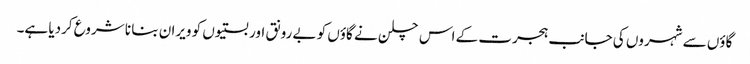
گاؤں سے شہروں کی جانب ہجرت کے اس چلن نے گاؤں کو بے رونق اور بستیوں کو ویران بنا نا شروع کردیا ہے۔